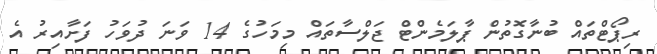
ރިޕޯޓްތައް ބުނާގޮތުން ޕާލަމެންޓް ޖަލްސާތައް މިމަހުގެ 14 ވަނަ ދުވަހު ފަށާއިރު އެ